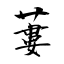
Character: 蔞